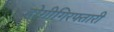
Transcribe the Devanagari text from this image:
होगीगिरफ्तारी